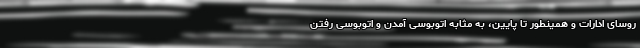
روسای ادارات و همینطور تا پایین، به مثابه اتوبوسی آمدن و اتوبوسی رفتن